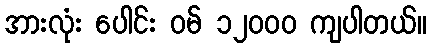
အားလုံး ပေါင်း ဝမ် ၁၂၀၀၀ ကျပါတယ်။